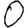
Digit: 0